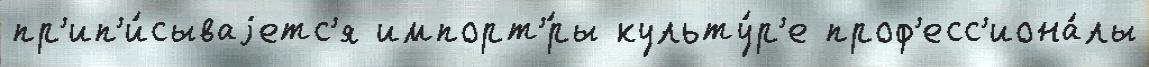
пр'ип'и́сываjетс'я импорт'́ры культу́р'е проф'есс'иона́лы